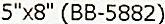
5"X8" (BB-5882)